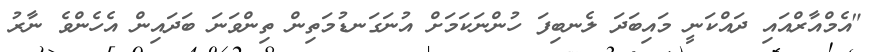
"އެމްއާރްއައި ދައްކަނީ މައިބަދަ ލެނބިފަ ހުންނަަކަމަށް އުނަގަނޑުމަތިން ތިންވަނަ ބަދައިން އެހެންވެ ނާރު